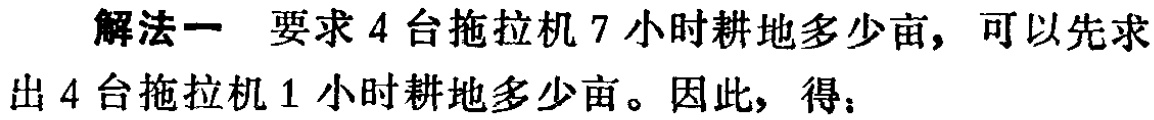
解法一 要求 4 台拖拉机 7 小时耕地多少亩，可以先求出 4 台拖拉机 1 小时耕地多少亩。因此，得：